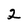
Character: 2